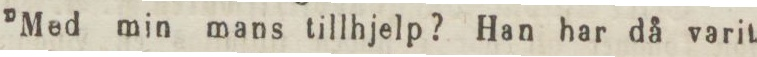
”Med min mans tillhjelp? Han har då varit